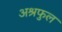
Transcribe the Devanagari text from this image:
अश्रफुल